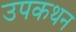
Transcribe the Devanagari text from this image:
उपकथन